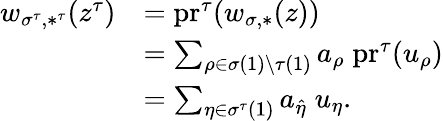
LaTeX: \begin{array}{rl}{w_{\sigma^{\tau},*^{\tau}}(z^{\tau})}&{=\mathrm{pr}^{\tau}(w_{\sigma,*}(z))}\\ &{=\sum_{\rho\in\sigma(1)\setminus\tau(1)}a_{\rho}\; \mathrm{pr}^{\tau}(u_{\rho})}\\ &{=\sum_{\eta\in\sigma^{\tau}(1)}a_{\hat{\eta}}\; u_{\eta}.}\end{array}